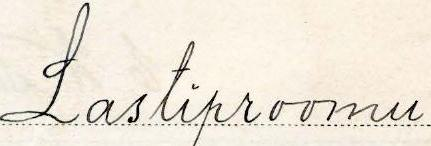
Lastiproomu